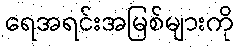
ရေအရင်းအမြစ်များကို